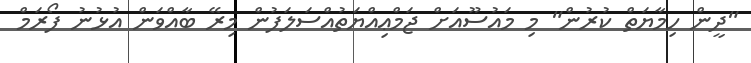
"ދީން ހިމާޔަތް ކުރުން" މި މައުސޫއަށް ޖަމްޢިއްޔަތުއްސަލަފުން މިރޭ ބާއްވަން އުޅުނު ފޯރަމް